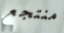
منتجع